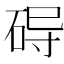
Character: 𱴀